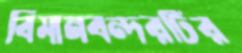
বিমানবন্দরটির